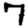
Digit: 7